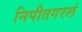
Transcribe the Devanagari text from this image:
निपीतगरलं